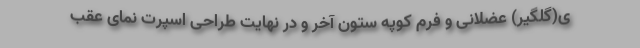
ی(گلگیر) عضلانی و فرم کوپه ستون آخر و در نهایت طراحی اسپرت نمای عقب